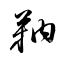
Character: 靹